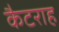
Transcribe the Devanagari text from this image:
कैटराह